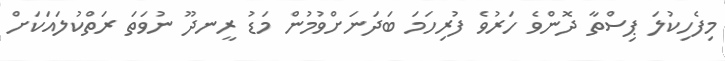
މިފެހިކުލަ ޕިސްތާ ދޮންވެ ހަރުވެ ފުރިހަމަ ބަދަނަށްވުމުން މަޑު ރީނދޫ ނުވަތަ ރަތްކުލައަކަށް